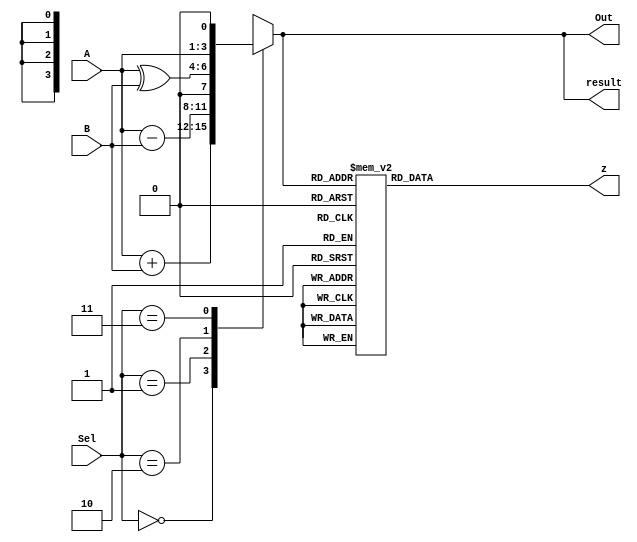
module threealu(
		input [2:0]          A,B,
		input [1:0]          Sel,
		output[3:0]          Out,
		output reg[3:0]      result,
		output reg[13:0]      z 
		);
		
	assign Out = result;

	always
	begin
		case(Sel)
			2'b00: result = A+B;
			2'b01: result = A-B;
			2'b10: result = A^B;			
			2'b11: result = A<<1;

		 endcase

		case (result[3:0])
				4'b0000 :       	                    //Decimal 0
				z = 14'b10000001000000;
				
				4'b0001 :    		                    //Decimal 1
				z = 14'b10000001111001  ;
				
				4'b0010 :  		                        //Decimal 2
				z = 14'b10000000100100 ;
				 
				4'b0011 : 		                        //Decimal 3
				z = 14'b10000000110000 ;
				
				4'b0100 :		                        //Decimal 4
				z = 14'b10000000011001 ;
				
				4'b0101 :		                        //Decimal 5
				z = 14'b10000000010010 ;
				  
				4'b0110 :		                        //Decimal 6
				z = 14'b10000000000010 ;
				
				4'b0111 :		                        //Decimal 7
				z = 14'b10000001111000;
				
				4'b1000 :     	                        //Decimal 8
				z = 14'b10000000000000;
				
				4'b1001 :    		                    //Decimal 9
				z = 14'b10000000010000;
				
				4'b1010 :  		                       //Decimal 10
				z = 14'b11110011000000; 
				
				4'b1011 : 		                       //Decimal 11
				z = 14'b11110011111001;
				
				4'b1100 :		                       //Decimal 12
				z = 14'b11110010100100 ;
				
				4'b1101 :		                       //Decimal 13
				z = 14'b11110010110000 ;
				
				4'b1110 :		                       //Decimal 14
				z = 14'b11110010011001 ;
				
				4'b1111 :	                           //Decimal 15
				z = 14'b11110010010010 ;
      endcase      
    end
    	
endmodule